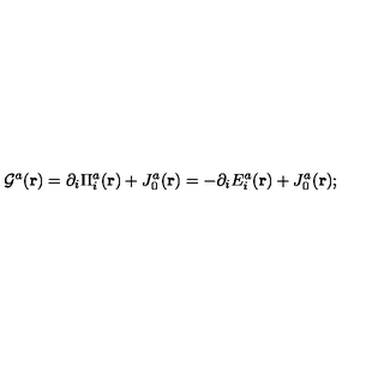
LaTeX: { \cal { G } } ^ { a } ( { \bf { r } } ) = \partial _ { i } { \Pi } _ { i } ^ { a } ( { \bf { r } } ) + J _ { 0 } ^ { a } ( { \bf { r } } ) = - \partial _ { i } E _ { i } ^ { a } ( { \bf { r } } ) + J _ { 0 } ^ { a } ( { \bf { r } } ) ;